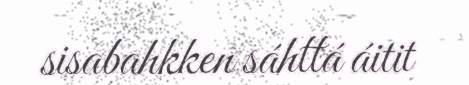
sisabahkken sáhttá áitit